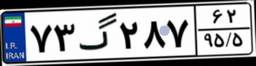
۷۳گ۲۸۷۶۲